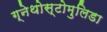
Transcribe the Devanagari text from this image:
ग्नेथोस्टोमुलिडा